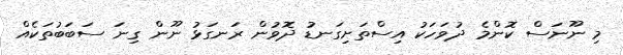
މި ނޫނަސް ކޮންމެ ދުވަހަކު އިސްތަށިގަނޑު ދޮވުން ރަނގަޅު ނޫން ގިނަ ސަބަބުތަކެއް